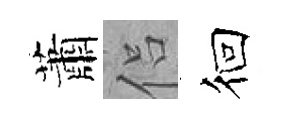
蕭侣徊